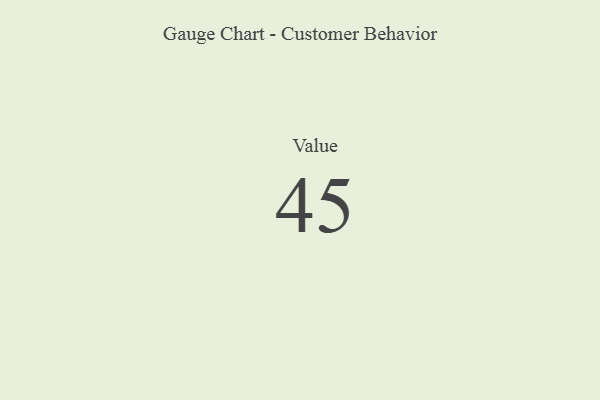
{"axis": {"x": "Metric", "y": "Value"}, "legend": [""], "data": [{"x": "Value", "y": 45, "type": ""}]}